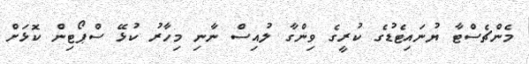
މެންޗެސްޓާ ޔުނައިޓެޑުގެ ކުރީގެ ވިންގާ ލުއިސް ނާނި މިހާރު ކުޅޭ ސްޕޯޓިން ކޮޅަށް